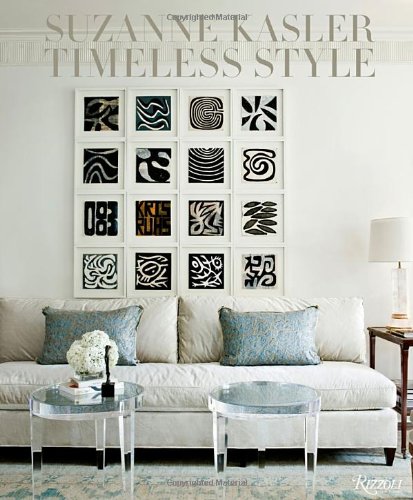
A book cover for Suzanne Kasler: Timeless Style; Suzanne Kasler; Crafts, Hobbies & Home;